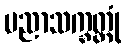
ပညာသက္ခတ္တုံ